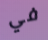
في